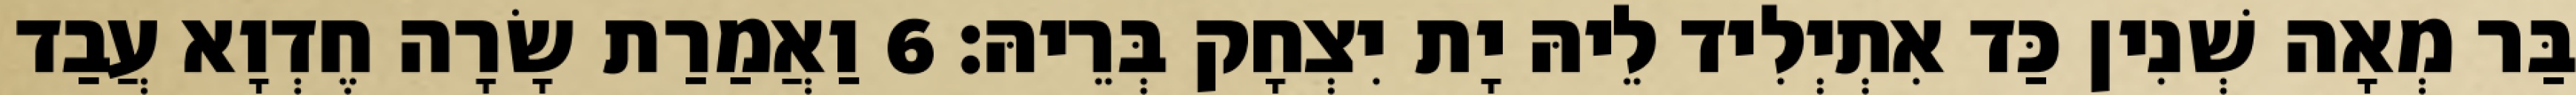
בַּר מְאָה שְׁנִין כַּד אִתְיְלִיד לֵיהּ יָת יִצְחָק בְּרֵיהּ׃ 6 וַאֲמַרַת שָׂרָה חֶדְוָא עֲבַד